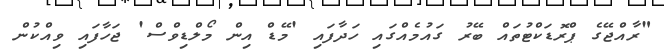
"ރާއްޖޭގެ ޕްރޮޑަކްޓުތައް ބޭރު ގައުމެއްގައި ހަދާފައި 'މޭޑް އިން މޯލްޑިވްސް' ޖަހާފައި ވިއްކުން